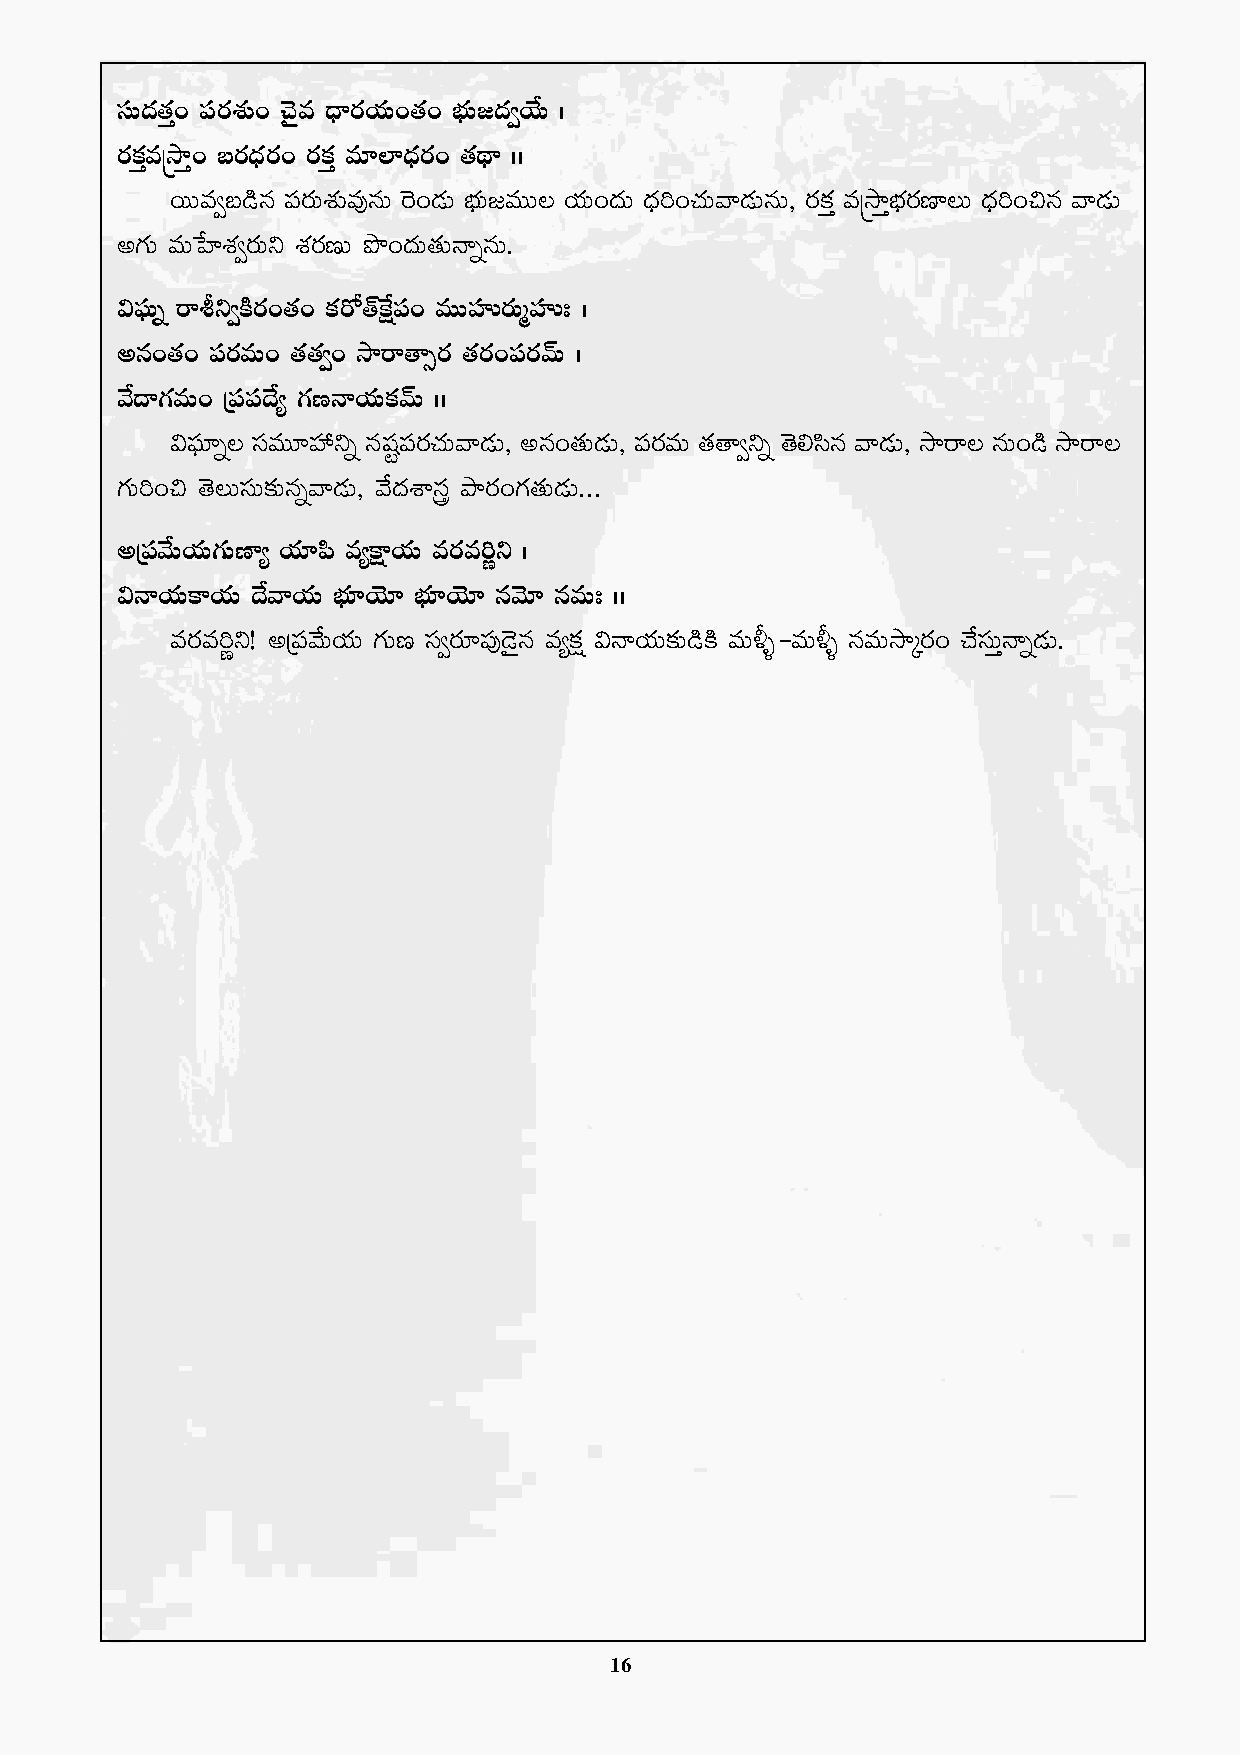
düT<ä‘·Ô+ |üs¡X¯ó+ #Ó’e <Ûës¡j·T+‘·+ uÛÑT»<ä«j˚T ˆ
 s¡ø£ÔeÅkÕÔ+ ãs¡<Ûäs¡+ s¡ø£Ô e÷˝≤<Ûäs¡+ ‘·<∏ë ˆˆ
 sTTe«ã&çq |üs¡TX¯óe⁄qT ¬s+&ÉT uÛÑT»eTT\ j·T+<äT <Ûä]+#·Tyê&ÉTqT, s¡ø£Ô eÅkÕÔuÛÑs¡D≤\T <Ûä]+∫q yê&ÉT
 n>∑T eTùV≤X¯«s¡Tì X¯s¡DT bı+<äT‘·THêïqT.
 $|òüTï sêoì«øÏs¡+‘·+ ø£s√‘Yπøå|ü+ eTTVüQs¡TàVüQ' ˆ
 nq+‘·+ |üs¡eT+ ‘·‘·«+ kÕsê‘ê‡s¡ ‘·s¡+|üs¡yéT ˆ
 y˚<ë>∑eT+ Á|ü|ü<˚´ >∑DHêj·Tø£yéT ˆˆ
 $|òü÷ï\ düeT÷Vü‰ìï qwüº|üs¡#·Tyê&ÉT, nq+‘·T&ÉT, |üs¡eT ‘·‘ê«ìï ‘Ó*dæq yê&ÉT, kÕsê\ qT+&ç kÕsê\
 >∑T]+∫ ‘Ó\TdüT≈£îqïyê&ÉT, y˚<äXÊg bÕs¡+>∑‘·T&ÉT...
 nÁ|üy˚Tj·T>∑TD≤´ j·÷|æ e´øå±j·T es¡e]íì ˆ
 $Hêj·Tø±j·T <˚yêj·T uÛÑ÷jÓ÷ uÛÑ÷jÓ÷ qyÓ÷ qeT' ˆˆ
 es¡e]íì! nÁ|üy˚Tj·T >∑TD dü«s¡÷|ü⁄&Ó’q e´ø£å $Hêj·T≈£î&çøÏ eT∞fl`eT∞fl qeTkÕÿs¡+ #˚düTÔHêï&ÉT.
 16